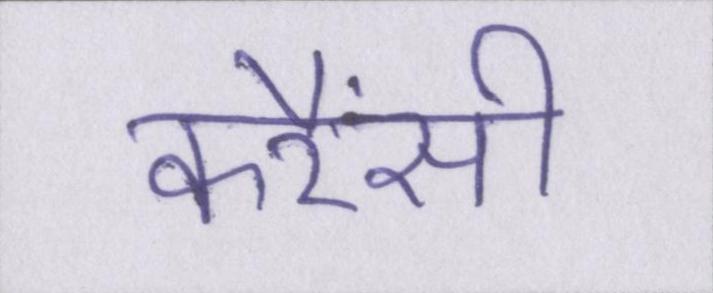
करैंसी